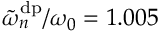
\tilde { \omega } _ { n } ^ { \mathrm { d p } } / \omega _ { 0 } = 1 . 0 0 5